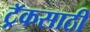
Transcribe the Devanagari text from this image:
ट्रॅकसाठी